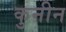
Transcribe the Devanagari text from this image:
कुनीन